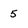
Character: 5